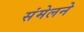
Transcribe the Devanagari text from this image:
संमेलनेे